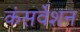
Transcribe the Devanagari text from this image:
कंसर्वेशन